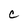
Character: C